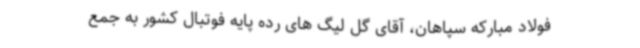
فولاد مبارکه سپاهان، آقای گل لیگ های رده پایه فوتبال کشور به جمع